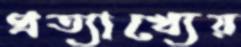
প্রত্যাখ্যেয়